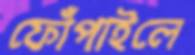
ফোঁপাইলে